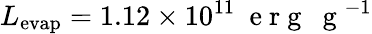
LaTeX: L_{\mathrm{evap}}=1.12\times 10^{11}~\mathrm{~e~r~g~~~g~}^{-1}